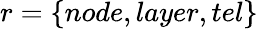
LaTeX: r=\{ node,layer,tel\}